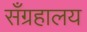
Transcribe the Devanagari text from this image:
सँग्रहालय